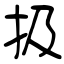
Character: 扱